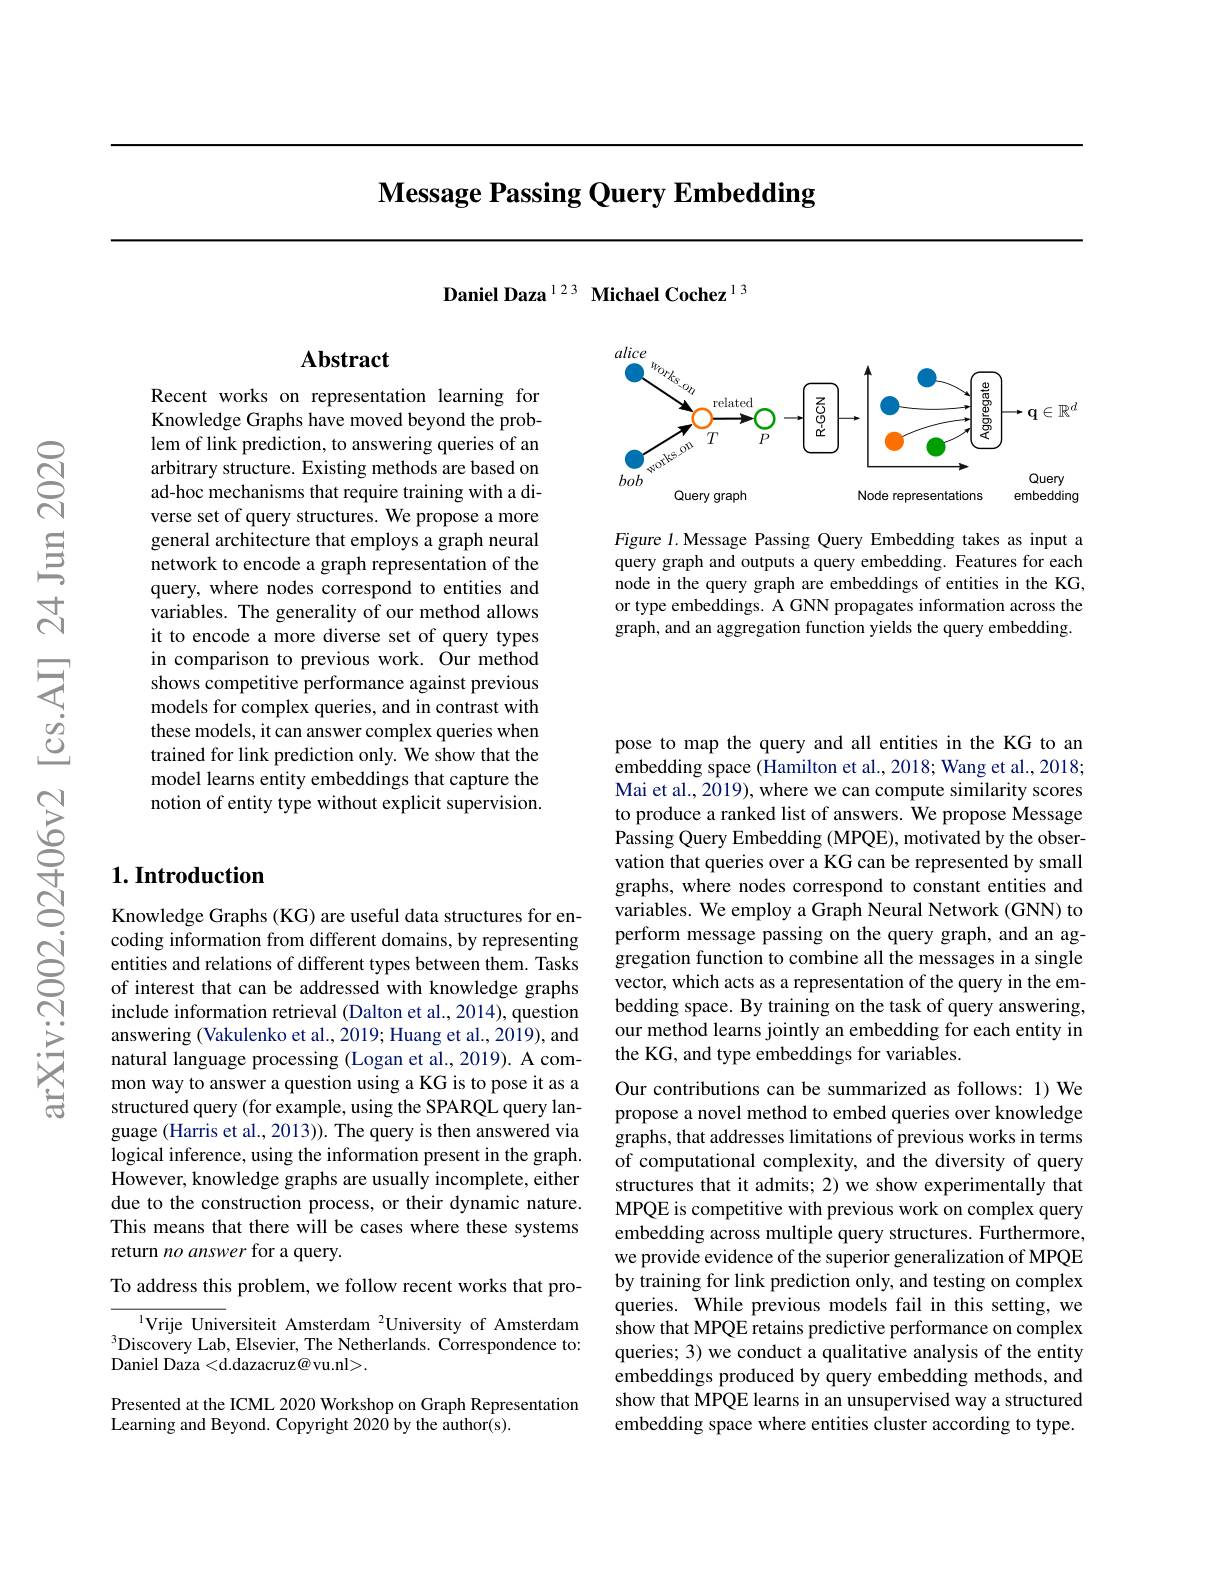
# Message Passing Query Embedding

Daniel Daza$^{123}$ Michael Cochez$^{13}$

<FigureHere>

Figure 1.Message Passing Query Embedding takes as input a query graph and outputs a query embedding. Features for each node in the query graph are embeddings of entities in the KG, or type embeddings. A GNN propagates information across the graph, and an aggregation function yields the query embedding.

## Abstract

Recent works on representation learning for Knowledge Graphs have moved beyond the problem of link prediction, to answering queries of an arbitrary structure. Existing methods are based on ad-hoc mechanisms that require training with a diverse set of query structures. We propose a more general architecture that employs a graph neural network to encode a graph representation of the query, where nodes correspond to entities and variables. The generality of our method allows it to encode a more diverse set of query types in comparison to previous work. Our method shows competitive performance against previous models for complex queries, and in contrast with these models, it can answer complex queries when trained for link prediction only. We show that the model learns entity embeddings that capture the notion of entity type without explicit supervision.

## $1. \textbf{Introduction}$

Knowledge Graphs (KG) are useful data structures for encoding information from different domains, by representing entities and relations of different types between them. Tasks of interest that can be addressed with knowledge graphs include information retrieval (Dalton et al.,2014), question answering (Vakulenko et al., 2019; Huang et al., 2019), and natural language processing (Logan et al., 2019). A common way to answer a question using a KG is to pose it as a structured query (for example, using the SPARQL query language (Harris et al., 2013)). The query is then answered via logical inference, using the information present in the graph. $\bar{\text{However, knowledge graphs are usually incomplete, either}}$ due to the construction process, or their dynamic nature. This means that there will be cases where these systems return no answer for a query.

To address this problem, we follow recent works that pro-

Vrije Universiteit Amsterdam $^{2}$University of Amsterdam $^{3}$Discovery Lab, Elsevier, The Netherlands. Correspondence to: Daniel Daza <d.dazacruz@vu.nl>.

Presented at the ICML 2020 Workshop on Graph Representation
Learning and Beyond. Copyright 2020 by the author(s).

pose to map the query and all entities in the KG to an embedding space (Hamilton et al., 2018; Wang et al., 2018; Mai et al., 2019), where we can compute similarity scores to produce a ranked list of answers. We propose Message Passing Query Embedding (MPQE), motivated by the observation that queries over a KG can be represented by small graphs, where nodes correspond to constant entities and variables. We employ a Graph Neural Network (GNN) to perform message passing on the query graph, and an aggregation function to combine all the messages in a single vector, which acts as a representation of the query in the embedding space. By training on the task of query answering, our method learns jointly an embedding for each entity in the KG, and type embeddings for variables.

Our contributions can be summarized as follows: 1) We propose a novel method to embed queries over knowledge graphs, that addresses limitations of previous works in terms of computational complexity, and the diversity of query structures that it admits; 2) we show experimentally that MPQE is competitive with previous work on complex query embedding across multiple query structures. Furthermore, we provide evidence of the superior generalization of MPQE by training for link prediction only, and testing on complex queries. While previous models fail in this setting, we show that MPQE retains predictive performance on complex queries; 3) we conduct a qualitative analysis of the entity embeddings produced by query embedding methods, and show that MPQE learns in an unsupervised way a structured embedding space where entities cluster according to type.